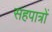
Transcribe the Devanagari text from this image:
सहपात्रों